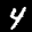
Label: 4